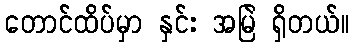
တောင်ထိပ်မှာ နှင်း အမြဲ ရှိတယ်။